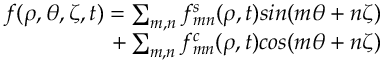
\begin{array} { r } { f ( \rho , \theta , \zeta , t ) = \sum _ { m , n } f _ { m n } ^ { s } ( \rho , t ) s i n ( m \theta + n \zeta ) } \\ { + \sum _ { m , n } f _ { m n } ^ { c } ( \rho , t ) c o s ( m \theta + n \zeta ) } \end{array}